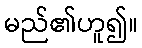
မည်၏ဟူ၍။